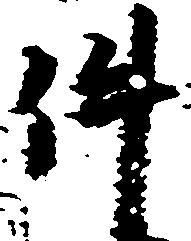
件